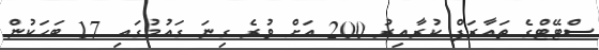
ސްޓޭޓްގެ ތައާރަފް ކުރާއިރު 200 އަށް ވުރެ ގިނަ ގައުމުގައި 17 ބަހަކުން